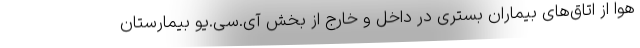
هوا از اتاق‌های بیماران بستری در داخل و خارج از بخش آی.سی.یو بیمارستان